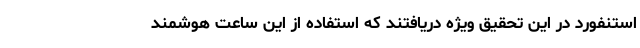
استنفورد در این تحقیق ویژه دریافتند که استفاده از این ساعت هوشمند